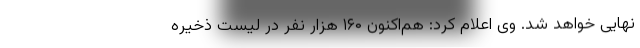
نهایی خواهد شد. وی اعلام کرد: هم‌اکنون ۱۶۰ هزار نفر در لیست ذخیره